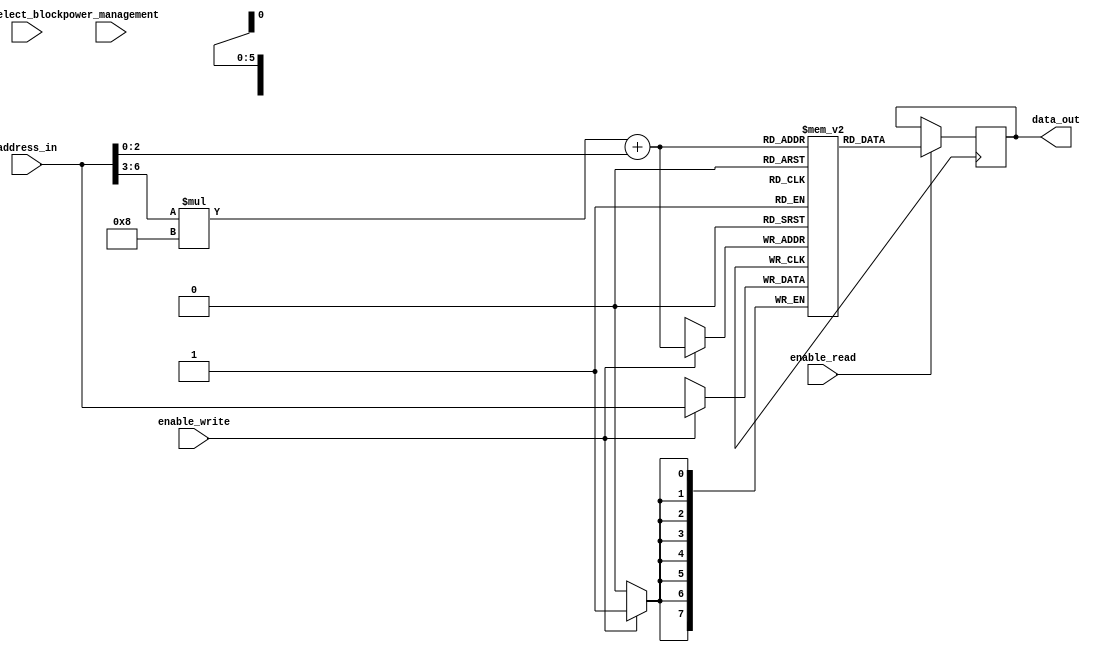
module LPDDR_RAM(
  input wire [7:0] address_in,
  input wire enable_read,
  input wire enable_write,
  input wire select_block,
  input wire power_management,
  output reg [7:0] data_out
);

  reg [7:0] memory_blocks [0:7][0:7]; // 8x8 memory blocks

  always @ (posedge clock) begin
    if (enable_read) begin
      data_out <= memory_blocks[address_in[6:3]][address_in[2:0]];
    end
    if (enable_write) begin
      memory_blocks[address_in[6:3]][address_in[2:0]] <= address_in;
    end
  end

endmodule